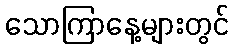
သောကြာနေ့များတွင်